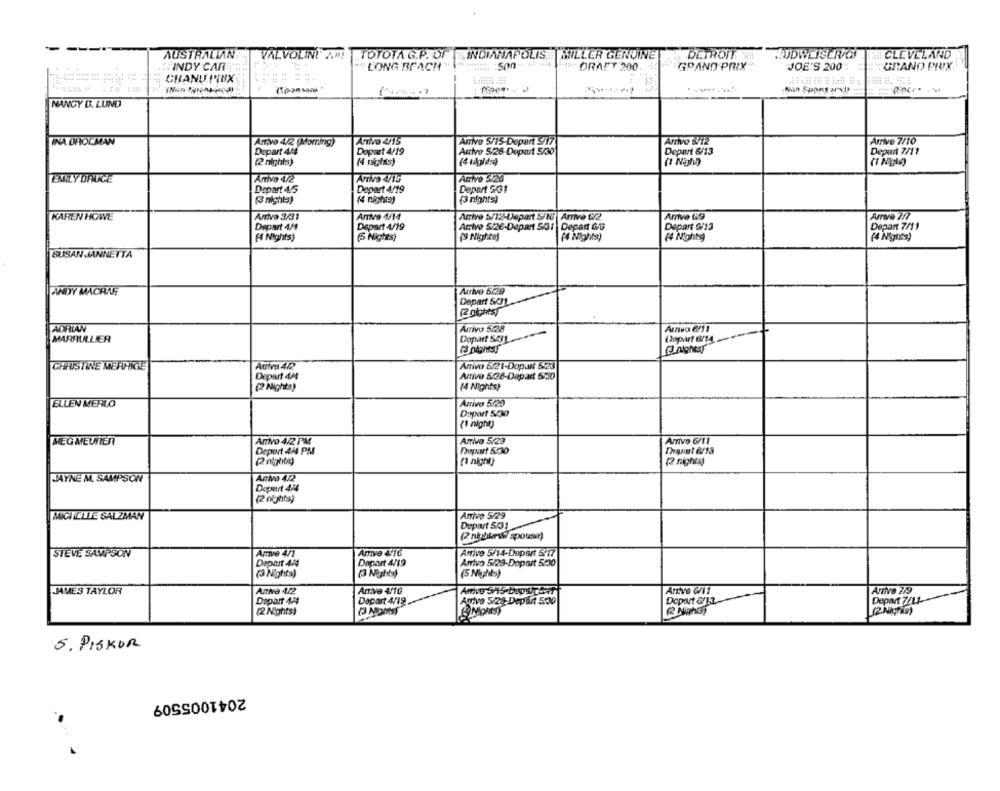
AUSTRALIAN
VALVOLINE 2.99
TOTOTA G.PROF
INDIANAPOLIS
ALLER GENUINE
DETROIT WII
BUDWEISER/C!
CLEVELAND
"INDY CAR "
""LONG BEACH"
444444
DRAFT 200
GRAND PRIX
JOE'S 200"
GRAND PRIX !!
CHANU.PRIX
NANCY D. LUND
INA DHOLMAN
Arrivo 4/2 (Morning)
Anivo 4/15
Arrivo 5/15-Depart 5/17
Arrivo &12
Arrive 7/10
Depart 444
Dopest 4/19
Arrive 5/26-Dupart 5/30
Depart 6/13
Depart 7/11
(2 nights)
(4 nights)
(1 Nah)
(1 Ngln)
EMILY DRUGE
Antivo 4/2
Arrive 4715
Autre 5/26
Depart 4/5
Depart 4/19
Depart 5/31
(3 nights)
(3 nights)
(4 nights)
KAREN HOWE
Arrivo 3/31
Arrive 4/14
Arrive 5/12-Depart S/N Arrive 6/2
Arrive 69
Arrive 777
Depart 4/1
Depart 4/19
Arriva 5/26-Depant 5/31 Depan Go
Depart G/13
Depant 7/11
(4 Nights)
(9 Nights)
(4 Nights)
(4 Nights)
(5 Nights)
SUSAN JJANNETTA
ANDY MACRAE
Arrivo 5/29
Depart 503L
(2 nights)
ADRIAN
Arrivu 5.28
MARRULLIER
Dopart 543L
CHRISTINE MERHIGE
Arrivo 5/21-Dopan 523
Dopart 44
Arrivo 5/28-Depart 5/30
(2 Nights)
(4 Nights)
ELLEN MERLO
Arrivo 5/29
Dopart 5/30
(1 inghe)
MEGMEUNIER
Arrivo 4.2 PM
Arriva 5/29
Amve 6/11
Deport 444 PM
DINNurt 5:30
(2 nighte)
(1 night)
(2 nights)
JAYNE M. SAMPSON
Aniva 4/2
Dopeut 4/4
(2 nights)
MICHELLE SALZMAN
Arrivo 5/29
Depart 5/31
(2 nights spouse)
STEVE SAMPSON
Amve 4/1
Amve 476
Anive 5/14.Depart 5:17
Depart 44
Dapart 4/19
Arrivo 5/28-Dopart 5:30
(3 Nights)
(3 Nights)
(5 Nights)
JAMES TAYLOR
Anive 1/2
Arrive 4/16
Artive 6/11
Arrive 749
Dapast 44
Decart 4/19
Anive 5/28-Depart 5:00
Depart 6/12
Depart 7/11
(2 Nights)
(2 Nighoy
5. PISKOR
2041005509